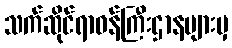
သက်ဆိုင်ရာဝန်ကြီးဌာနများမှ